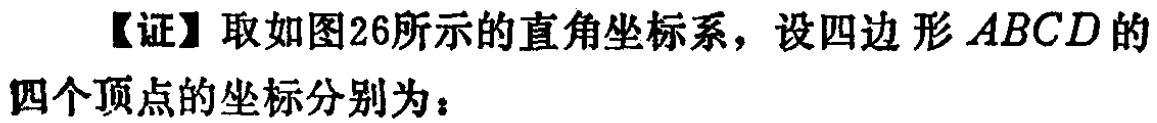
【证】取如图26所示的直角坐标系，设四边形\(ABCD\)的四个顶点的坐标分别为：